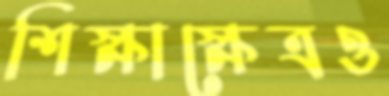
শিক্ষাক্ষেত্রও